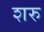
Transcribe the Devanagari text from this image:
शरु